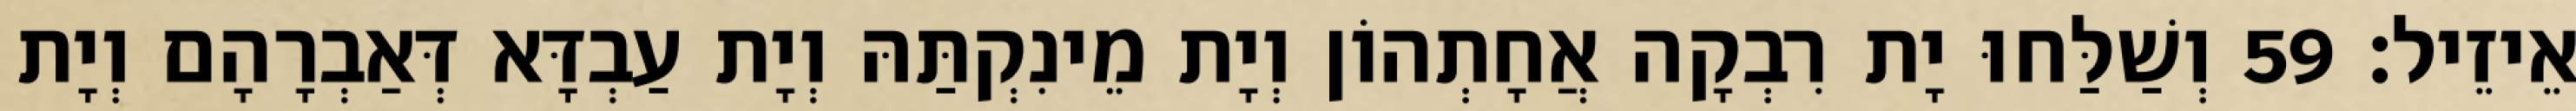
אֵיזֵיל׃ 59 וְשַׁלַּחוּ יָת רִבְקָה אֲחָתְהוֹן וְיָת מֵינִקְתַּהּ וְיָת עַבְדָּא דְּאַבְרָהָם וְיָת